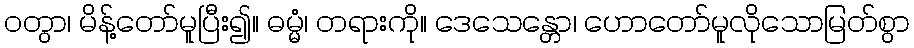
ဝတွာ၊ မိန့်တော်မူပြီး၍။ ဓမ္မံ၊ တရားကို။ ဒေသေန္တော၊ ဟောတော်မူလိုသောမြတ်စွာ